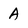
Character: A